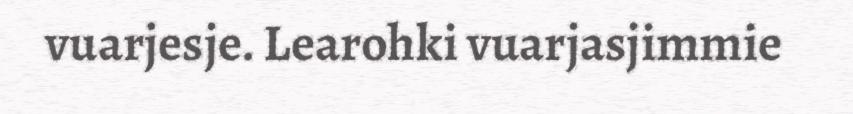
vuarjesje. Learohki vuarjasjimmie